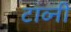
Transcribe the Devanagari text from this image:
टाव्नी